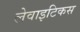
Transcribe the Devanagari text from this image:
लेवाइटिकस